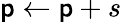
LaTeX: \mathsf{p}\gets\mathsf{p}+s